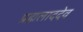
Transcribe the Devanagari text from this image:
प्रह्मलाददेव